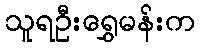
သူရဦးရွှေမန်းက